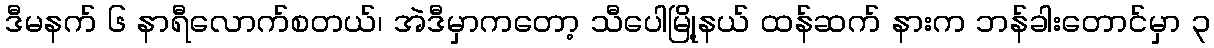
ဒီမနက် ၆ နာရီလောက်စတယ်၊ အဲဒီမှာကတော့ သီပေါမြို့နယ် ထန်ဆက် နားက ဘန်ခါးတောင်မှာ ၃